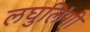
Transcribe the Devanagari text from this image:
लघुलिंगी